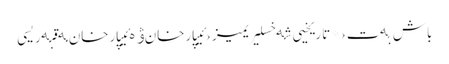
باش بەت › * تاریخیی شەخسلیریمیز › ئیپارخان ۋە ئیپارخان مەقبەریسی